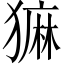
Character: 𬍄